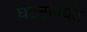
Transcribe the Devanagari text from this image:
घटनांपर्यंत